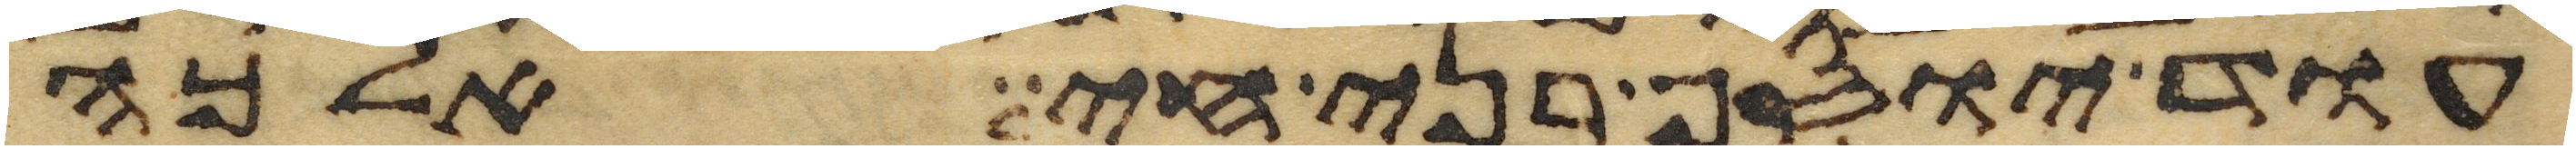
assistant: עוד יוסף בני חי אלכה